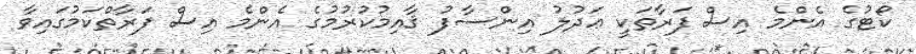
ކޯޓުގެ އެންމެ އިސް ފަރާތަކީ ޢަދުލު އިންސާފު ޤާއިމުކުރުމުގެ އެންމެ އިސް ފަރާތްކަމުގައިވާ